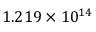
1 . 2 1 9 \times 1 0 ^ { 1 4 }